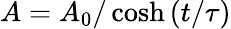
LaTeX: A=A_{0}/\cosh{(t/\tau)}